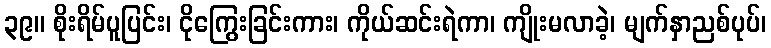
၃၉။ စိုးရိမ်ပူပြင်း၊ ငိုကြွေးခြင်းကား၊ ကိုယ်ဆင်းရဲကာ၊ ကျိုးမလာခဲ့၊ မျက်နှာညစ်ပုပ်၊